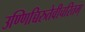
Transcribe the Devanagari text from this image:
उण्णिच्चिरुतेवीचरितम्